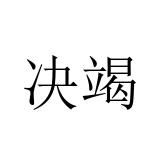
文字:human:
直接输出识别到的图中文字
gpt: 决竭